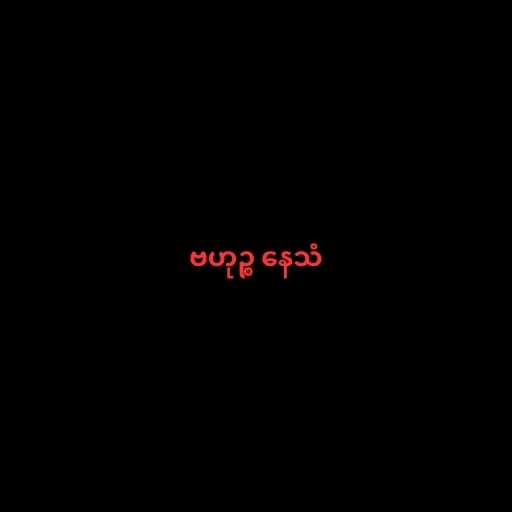
ဗဟုဉ္စ နေသံ